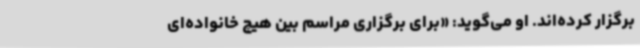
برگزار کرده‌اند. او می‌گوید: «برای برگزاری مراسم بین هیچ خانواده‌ای